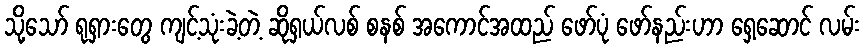
သို့သော် ရုရှားတွေ ကျင့်သုံးခဲ့တဲ့ ဆိုရှယ်လစ် စနစ် အကောင်အထည် ဖော်ပုံ ဖော်နည်းဟာ ရှေ့ဆောင် လမ်း